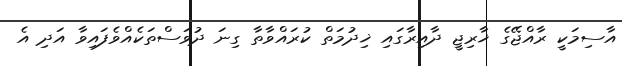
އާސިމަކީ ރާއްޖޭގެ ޚާރިޖީ ދާއިރާގައި ޚިދުމަތް ކުރައްވާތާ ގިނަ ދުވަސްތަކެއްވެފައިވާ އަދި އެ